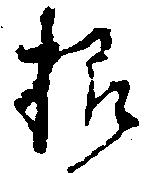
様